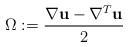
LaTeX: \begin{align*}\Omega:=\frac{\nabla \textbf{u}-\nabla^T \textbf{u}}{2}\end{align*}